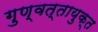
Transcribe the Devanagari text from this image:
गुण्वत्तायुक्त